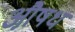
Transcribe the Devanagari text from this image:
औ़षध